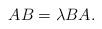
LaTeX: \begin{align*}AB=\lambda BA.\end{align*}